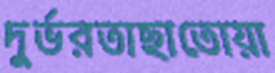
দুর্ভরতাছাতোয়া